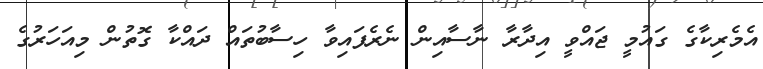
އެމެރިކާގެ ގައުމީ ޖައްވީ އިދާރާ ނާސާއިން ނެރެފައިވާ ހިސާބުތައް ދައްކާ ގޮތުން މިއަހަރުގެ